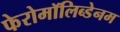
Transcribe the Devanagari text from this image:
फेरोमॉलिब्डेनम